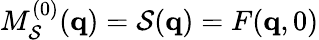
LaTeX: M_{\mathcal{S}}^{(0)}(\mathbf{{q}})=\mathcal{S}(\mathbf{{q}})=F(\mathbf{{q}},0)